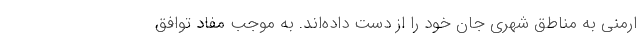
ارمنی به مناطق شهری جان خود را از دست داده‌اند. به موجب مفاد توافق